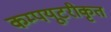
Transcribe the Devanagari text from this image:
कम्‍पयूटरीकृत